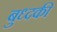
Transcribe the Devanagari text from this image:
बुध्दकी